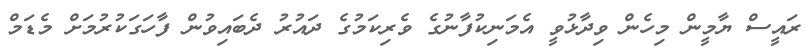
ރައީސް ޔާމީން މިހެން ވިދާޅުވީ އެމަނިކުފާނުގެ ވެރިކަމުގެ ދައުރު ދެބައިވުން ފާހަގަކުރުމަށް މެޑަމް